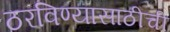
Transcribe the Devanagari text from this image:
ठरविण्यासाठीची